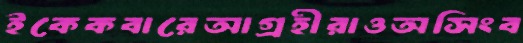
ইকেকবারেআগ্রহীরাওঅসিংব